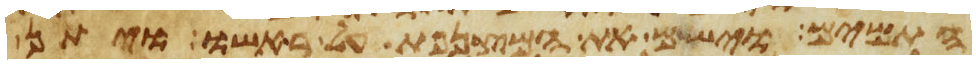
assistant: התמים וישם את המצנפת על ראשו ויתן